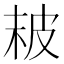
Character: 𤿖